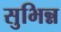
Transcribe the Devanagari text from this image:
सुभिन्न